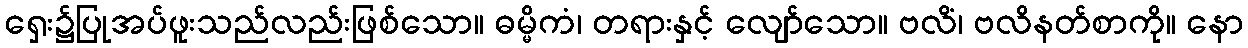
ရှေး၌ပြုအပ်ဖူးသည်လည်းဖြစ်သော။ ဓမ္မိကံ၊ တရားနှင့် လျော်သော။ ဗလိံ၊ ဗလိနတ်စာကို။ နော